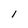
Character: 1